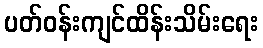
ပတ်ဝန်းကျင်ထိန်းသိမ်းရေး